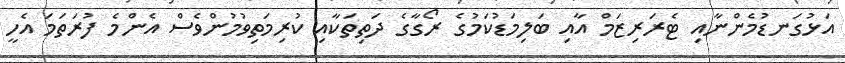
އަޅުގަނޑުމެންނާއި ޓެރަރިޒަމް އާއި ބަލިމަޑުކަމުގެ ރޯގާގެ ދަތިތަކާއި ކުރިމަތިވުމުންވެސް އެންމެ ފުރަތަމަ އެހީ